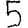
Digit: 5